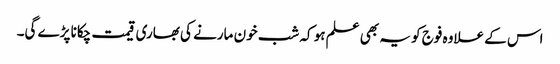
اس کے علاوہ فوج کو یہ بھی علم ہو کہ شب خون مارنے کی بھاری قیمت چکانا پڑے گی۔